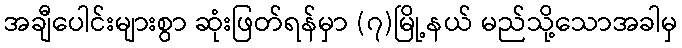
အချီပေါင်းများစွာ ဆုံးဖြတ်ရန်မှာ (၇)မြို့နယ် မည်သို့သောအခါမှ